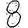
Digit: 8